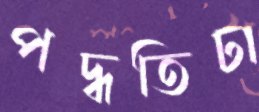
পদ্ধতিটা